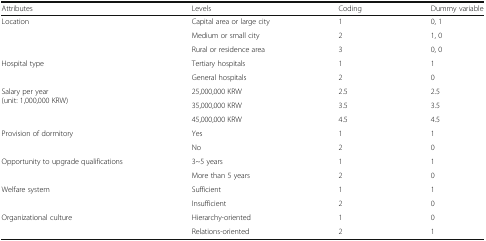
| Attributes | Levels | Coding | Dummy variable |
 | --- | --- | --- | --- |
 | Location | Capital area or large city | 1 | 0, 1 |
 |  | Medium or small city | 2 | 1, 0 |
 |  | Rural or residence area | 3 | 0, 0 |
 | <ROWSPAN=2> Hospital type | Tertiary hospitals | 1 | 1 |
 | General hospitals | 2 | 0 |
 | <ROWSPAN=3> Salary per year(unit: 1,000,000 KRW) | 25,000,000 KRW | 2.5 | 2.5 |
 | 35,000,000 KRW | 3.5 | 3.5 |
 | 45,000,000 KRW | 4.5 | 4.5 |
 | Provision of dormitory | Yes | 1 | 1 |
 |  | No | 2 | 0 |
 | Opportunity to upgrade qualifications | 3~5 years | 1 | 1 |
 |  | More than 5 years | 2 | 0 |
 | Welfare system | Sufficient | 1 | 1 |
 |  | Insufficient | 2 | 0 |
 | Organizational culture | Hierarchy-oriented | 1 | 0 |
 |  | Relations-oriented | 2 | 1 |